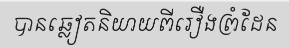
បានឆ្លៀតនិយាយពីរឿងព្រំដែន